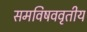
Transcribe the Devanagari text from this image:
समविषववृतीय